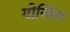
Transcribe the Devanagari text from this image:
गोस्लिग